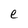
Character: e